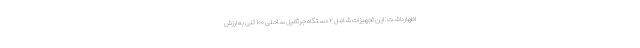
اظهارداشت: این تجهیزات شامل ۲ دستگاه جرثقیل ساحلی ۱۰۰ تنی به ارزش